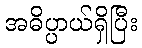
အဓိပ္ပာယ်ရှိပြီး